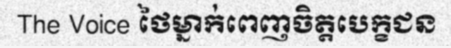
The Voice ថៃម្នាក់ពេញចិត្តបេក្ខជន